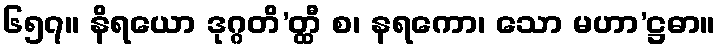
၆၅၇။ နိရယော ဒုဂ္ဂတိ’တ္ထီ စ၊ နရကော၊ သော မဟာ’ဋ္ဌဓာ။